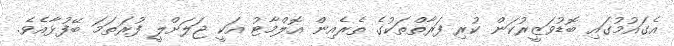
އެގައުމުގައި ބޮޑުވަޒީރުކަން ކުރި ފަރާތްތަކުގެ ތެރެއިން އޮލްމާޓު އަކީ ޖަލަށްލީ ފުރަތަމަ ބޭފުޅާއެވެ.